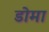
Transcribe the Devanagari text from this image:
डोमा